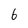
Character: 6